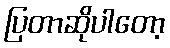
ပြတာဆိုပါတော့